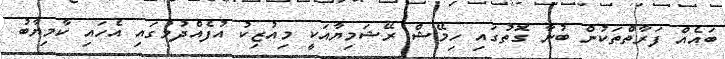
ބައެއް ފަރާތްތަކުން ބުނާ ގޮތުގައި ހިމޭޝް ރޭޝަމިޔާއަކީ މިއުޒިކު އުފެއްދުމުގައި އެހައި ކާމިޔާބު